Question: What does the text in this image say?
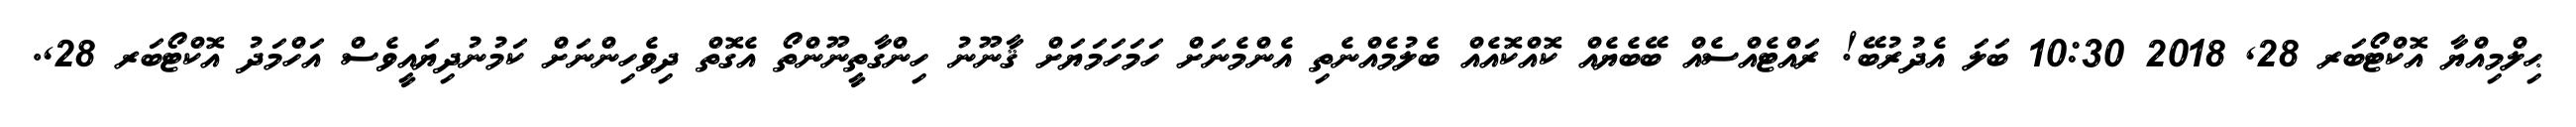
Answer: ޙިލްމިއްޔާ އޮކްޓޯބަރ 28, 2018 10:30 ބަލަ އެދުރުބޭ! ރައްޓެއްސެއް ބޭބެޔެއް ކޮއްކޮއެއް ބެލުމެއްނެތި އެންމެނަށް ހަމަހަމަޔަށް ޤާނޫނު ހިންގާތީނޫންތޯ އެގޮތް ދިވެހިންނަށް ކަމުނުދިޔައީވެސް އަހްމަދު އޮކްޓޯބަރ 28,.